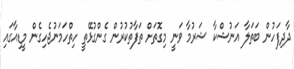
ދާދިފަހުން ބަތަލާ އަނުޝްކާ ޝަރުމާ ވަނީ މިގޮތަށް ތަފާތުކުރުން ގެންގުޅޭތީ ހިތްހަމަނުޖެހިގެން މީޑިއާގައި